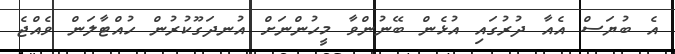
އެ ބުޔަސް އެއާ ދުރުގައި އުޅެން ބޭނުންވާ މީހުންނަށް އުނދަގޫކުރުން ހުއްޓާލަން ވެއްޖެ